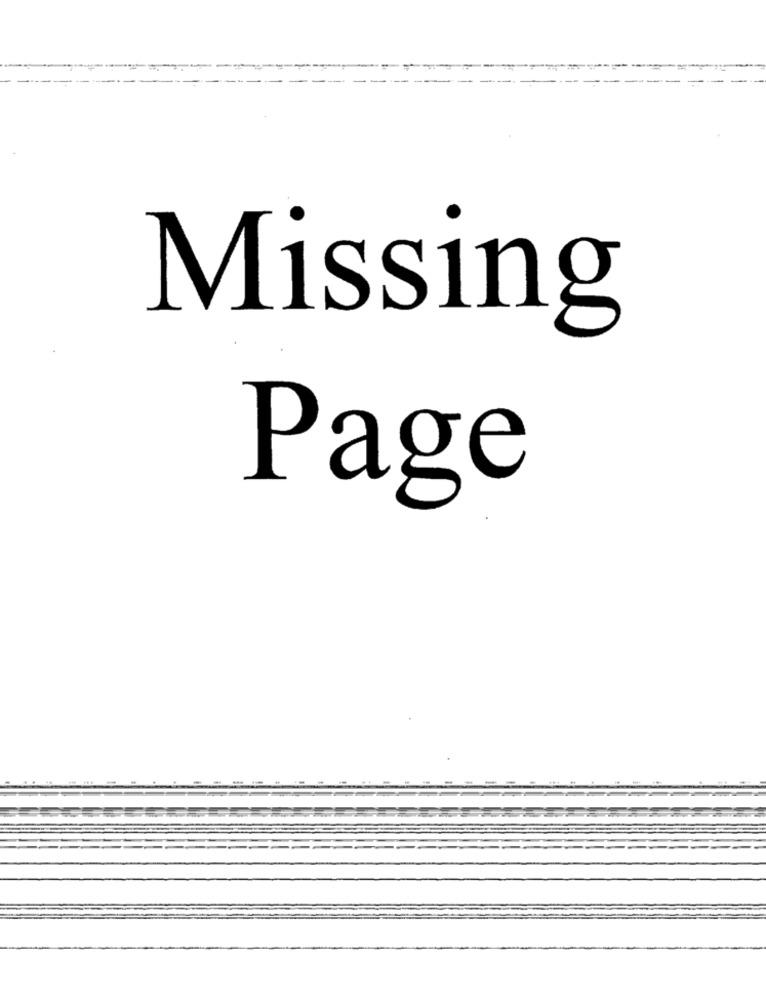
Missing
Page